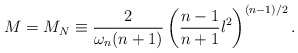
\begin{align*}M= M_N \equiv \frac{2}{\omega_n (n+1)}\left(\frac{n-1}{n+1}l^2\right)^{(n-1)/2}.\end{align*}